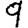
Digit: 9